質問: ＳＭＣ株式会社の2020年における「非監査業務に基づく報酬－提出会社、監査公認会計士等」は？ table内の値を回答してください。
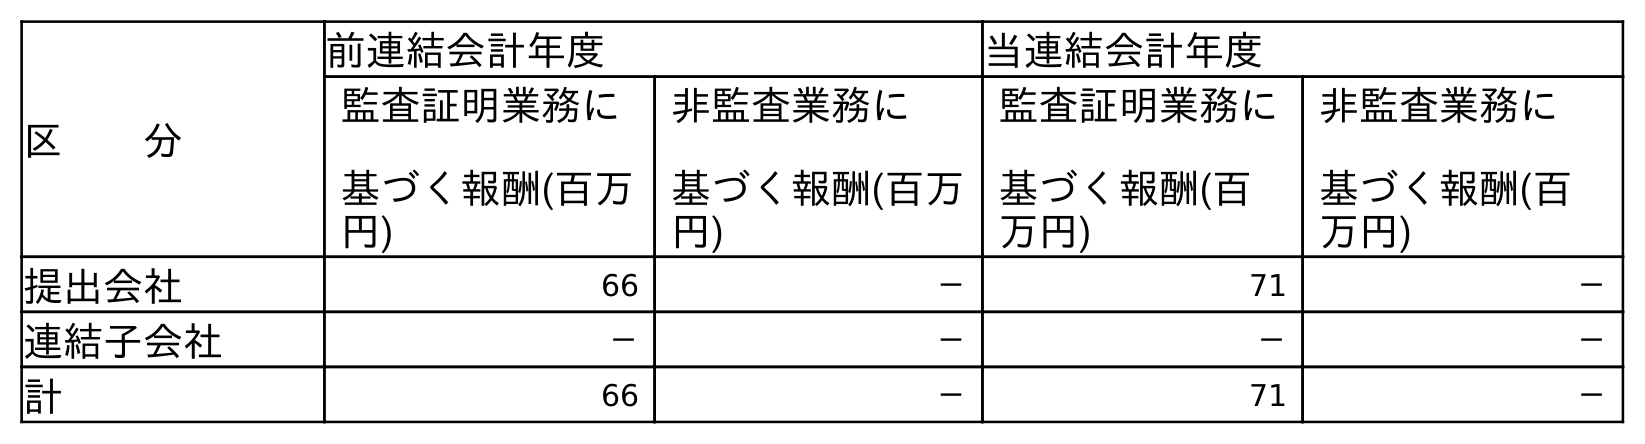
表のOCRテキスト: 区  分 前連結会計年度 当連結会計年度 監査証明業務に 基づく報酬(百万 円) 非監査業務に 基づく報酬(百万 円) 監査証明業務に 基づく報酬(百 万円) 非監査業務に 基づく報酬(百 万円) 提出会社 66 － 71 － 連結子会社 － － － － 計 66 － 71 －
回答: －